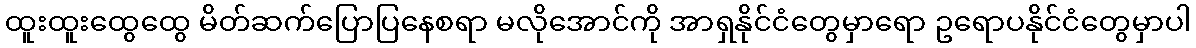
ထူးထူးထွေထွေ မိတ်ဆက်ပြောပြနေစရာ မလိုအောင်ကို အာရှနိုင်ငံတွေမှာရော ဥရောပနိုင်ငံတွေမှာပါ